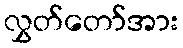
လွှတ်တော်အား